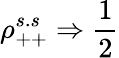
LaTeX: \rho_{++}^{s.s}\Rightarrow{\frac{1}{2}}